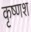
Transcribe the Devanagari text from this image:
कृष्णश